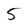
Character: 5